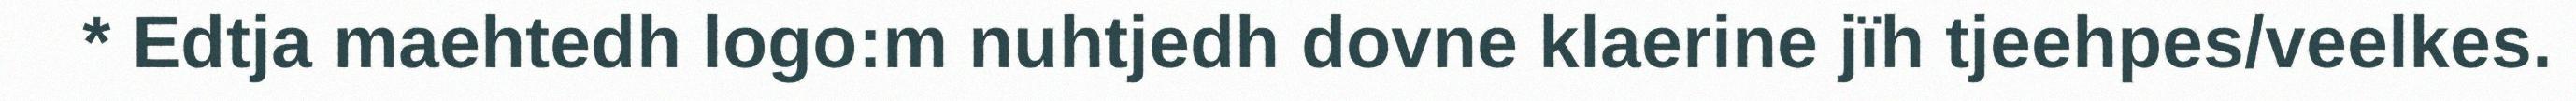
* Edtja maehtedh logo:m nuhtjedh dovne klaerine jïh tjeehpes/veelkes.